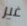
غير